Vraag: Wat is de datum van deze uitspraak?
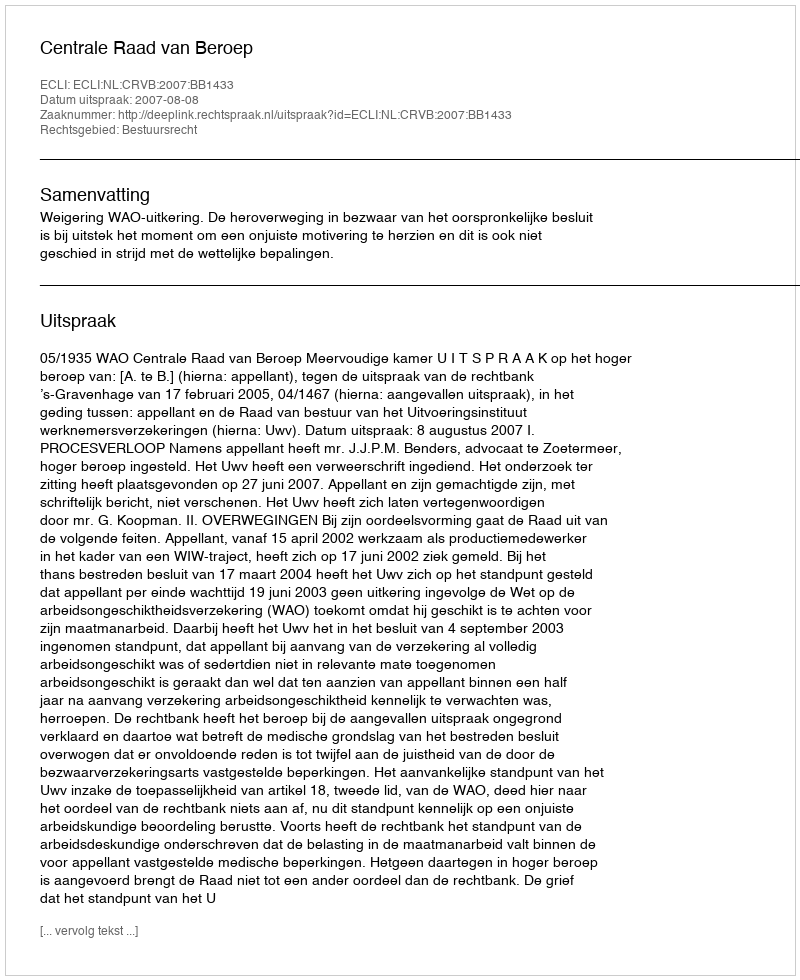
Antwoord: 2007-08-08